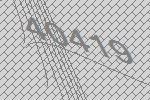
40419